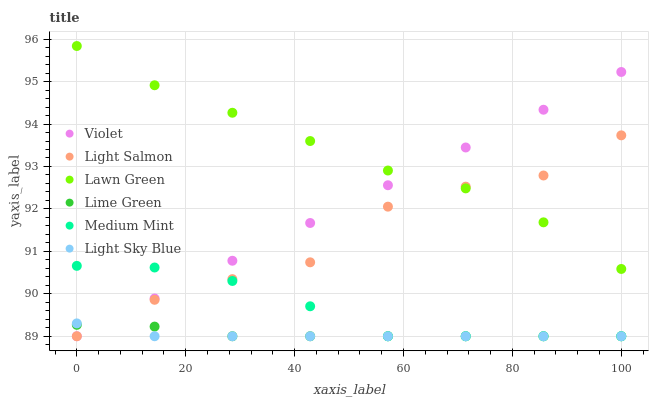
| xaxis_label | Violet | Light Salmon | Lawn Green | Lime Green | Medium Mint | Light Sky Blue |
 | --- | --- | --- | --- | --- | --- | --- |
 | 0 | 89 | 89 | 95.8 | 89.3 | 90.7 | 89.3 |
 | 14.3 | 89.9 | 89.9 | 94.9 | 89.2 | 90.6 | 89 |
 | 28.6 | 90.8 | 90.3 | 94.3 | 89 | 90.3 | 89 |
 | 42.9 | 91.7 | 90.7 | 93.6 | 89 | 89.7 | 89 |
 | 57.1 | 92.6 | 92.1 | 92.9 | 89 | 89 | 89 |
 | 71.4 | 93.4 | 92.5 | 92.5 | 89 | 89 | 89 |
 | 85.7 | 94.3 | 92.8 | 91.7 | 89 | 89 | 89 |
 | 100 | 95.2 | 93.7 | 90.6 | 89 | 89 | 89 |